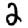
Digit: 2